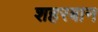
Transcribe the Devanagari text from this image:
शहरबान